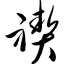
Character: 禊